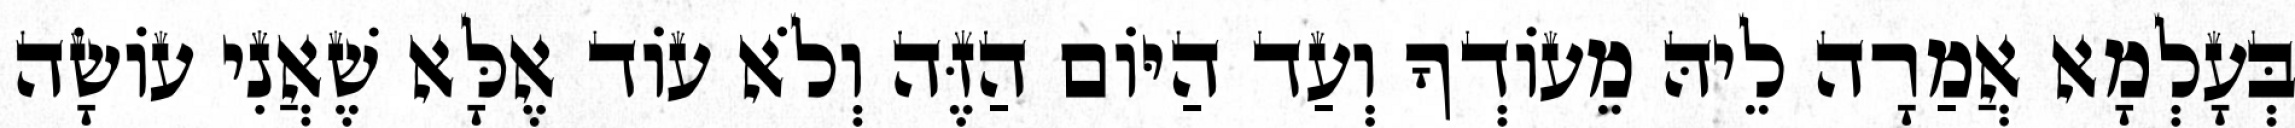
בְּעָלְמָא אֲמַרָה לֵיהּ מֵעוֹדְךָ וְעַד הַיּוֹם הַזֶּה וְלֹא עוֹד אֶלָּא שֶׁאֲנִי עוֹשָׂה